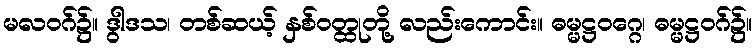
မလဝဂ်၌။ ဒွါဒသ၊ တစ်ဆယ့် နှစ်ဝတ္ထုတို့ လည်းကောင်း။ ဓမ္မဋ္ဌဝဂ္ဂေ၊ ဓမ္မဋ္ဌဝဂ်၌။